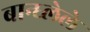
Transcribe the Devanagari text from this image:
बान्ध्लेले